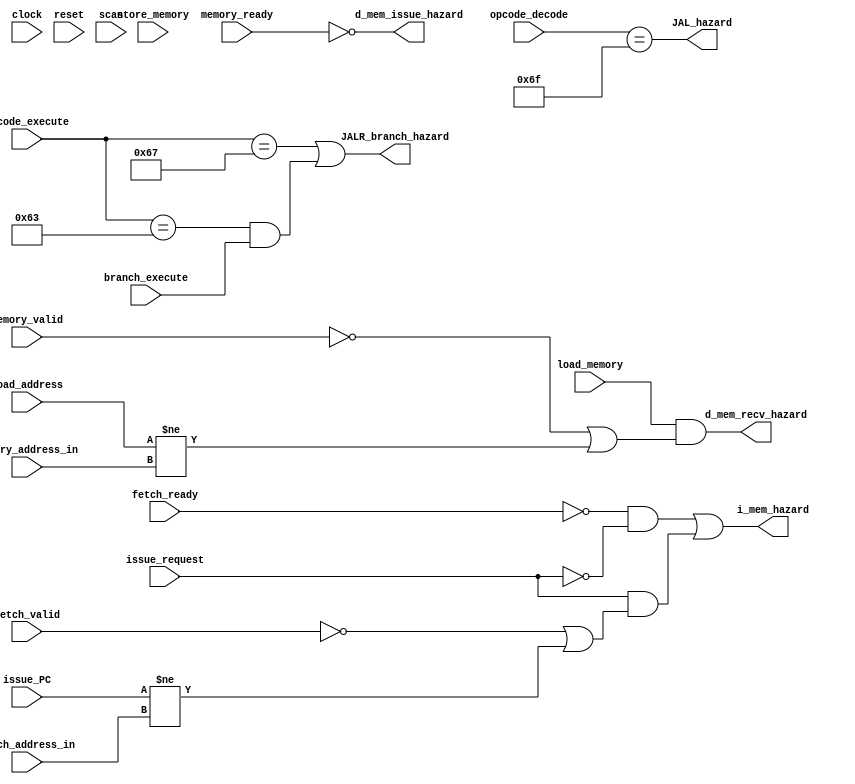
/** @module : hazard_detection_unit
 *  @author : Adaptive & Secure Computing Systems (ASCS) Laboratory

 *  Copyright (c) 2021 STAM Center (ASCS Lab/CAES Lab/STAM Center/ASU)
 *  Permission is hereby granted, free of charge, to any person obtaining a copy
 *  of this software and associated documentation files (the "Software"), to deal
 *  in the Software without restriction, including without limitation the rights
 *  to use, copy, modify, merge, publish, distribute, sublicense, and/or sell
 *  copies of the Software, and to permit persons to whom the Software is
 *  furnished to do so, subject to the following conditions:
 *  The above copyright notice and this permission notice shall be included in
 *  all copies or substantial portions of the Software.

 *  THE SOFTWARE IS PROVIDED "AS IS", WITHOUT WARRANTY OF ANY KIND, EXPRESS OR
 *  IMPLIED, INCLUDING BUT NOT LIMITED TO THE WARRANTIES OF MERCHANTABILITY,
 *  FITNESS FOR A PARTICULAR PURPOSE AND NONINFRINGEMENT. IN NO EVENT SHALL THE
 *  AUTHORS OR COPYRIGHT HOLDERS BE LIABLE FOR ANY CLAIM, DAMAGES OR OTHER
 *  LIABILITY, WHETHER IN AN ACTION OF CONTRACT, TORT OR OTHERWISE, ARISING FROM,
 *  OUT OF OR IN CONNECTION WITH THE SOFTWARE OR THE USE OR OTHER DEALINGS IN
 *  THE SOFTWARE.
 */

module hazard_detection_unit #(
  parameter CORE            = 0,
  parameter ADDRESS_BITS    = 20,
  parameter SCAN_CYCLES_MIN = 0,
  parameter SCAN_CYCLES_MAX = 1000
) (
  input clock,
  input reset,

  input fetch_valid,
  input fetch_ready,
  input issue_request,
  input [ADDRESS_BITS-1:0] issue_PC,
  input [ADDRESS_BITS-1:0] fetch_address_in,
  input memory_valid,
  input memory_ready,

  input load_memory,
  input store_memory,
  input [ADDRESS_BITS-1:0] load_address,
  input [ADDRESS_BITS-1:0] memory_address_in,

  input [6:0] opcode_decode,
  input [6:0] opcode_execute,
  input branch_execute,

  output i_mem_hazard,
  output d_mem_issue_hazard,
  output d_mem_recv_hazard,
  output JALR_branch_hazard,
  output JAL_hazard,

  input scan
);

localparam [6:0]R_TYPE  = 7'b0110011,
                BRANCH  = 7'b1100011,
                JALR    = 7'b1100111,
                JAL     = 7'b1101111;


// Instruction/Data memory hazard detection
assign i_mem_hazard = (~fetch_ready & ~issue_request) |
                      (issue_request & (~fetch_valid  | (issue_PC != fetch_address_in)));

//assign d_mem_hazard = ~memory_ready |
//                      (load_memory & (~memory_valid |
//                      (load_address != memory_address_in)));

assign d_mem_issue_hazard = ~memory_ready;
assign d_mem_recv_hazard  = (load_memory & (~memory_valid | (load_address != memory_address_in)));

// JALR BRANCH and JAL hazard detection
// JALR_branch and JAL hazard signals are high when there is a control flow
// change caused by one of these instructions. These signals are present in
// both pipelines and unpipelined versions of the processor.
assign JALR_branch_hazard = (opcode_execute == JALR  ) |
                            ((opcode_execute == BRANCH) & branch_execute);

assign JAL_hazard         = (opcode_decode == JAL);


reg [31: 0] cycles;
always @ (posedge clock) begin
  cycles <= reset? 0 : cycles + 1;
  if (scan  & ((cycles >= SCAN_CYCLES_MIN) & (cycles <= SCAN_CYCLES_MAX)) )begin
    $display ("------ Core %d Hazard Detection Unit - Current Cycle %d ------", CORE, cycles);

    $display ("| Fetch Valid        [%b]", fetch_valid);
    $display ("| Fetch Ready        [%b]", fetch_ready);
    $display ("| Issue Request      [%b]", issue_request);
    $display ("| Issue PC           [%h]", issue_PC);
    $display ("| Fetch Address In   [%h]", fetch_address_in);
    $display ("| Load Memory        [%b]", load_memory);
    $display ("| Memory Valid       [%b]", memory_valid);
    $display ("| Store Memory       [%b]", store_memory);
    $display ("| Memory Ready       [%b]", memory_ready);
    $display ("| I-Mem Hazard       [%b]", i_mem_hazard);
    //$display ("| D-Mem Hazard       [%b]", d_mem_hazard);
    $display ("| D-Mem Iss Hazard   [%b]", d_mem_issue_hazard);
    $display ("| D-Mem Recv Hazard  [%b]", d_mem_recv_hazard);
    $display ("| JALR/branch Hazard [%b]", JALR_branch_hazard);
    $display ("| JAL Hazard         [%b]", JAL_hazard);
    $display ("----------------------------------------------------------------------");
  end
end

endmodule